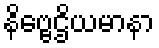
နိဗ္ဗေဌိယမာနာ